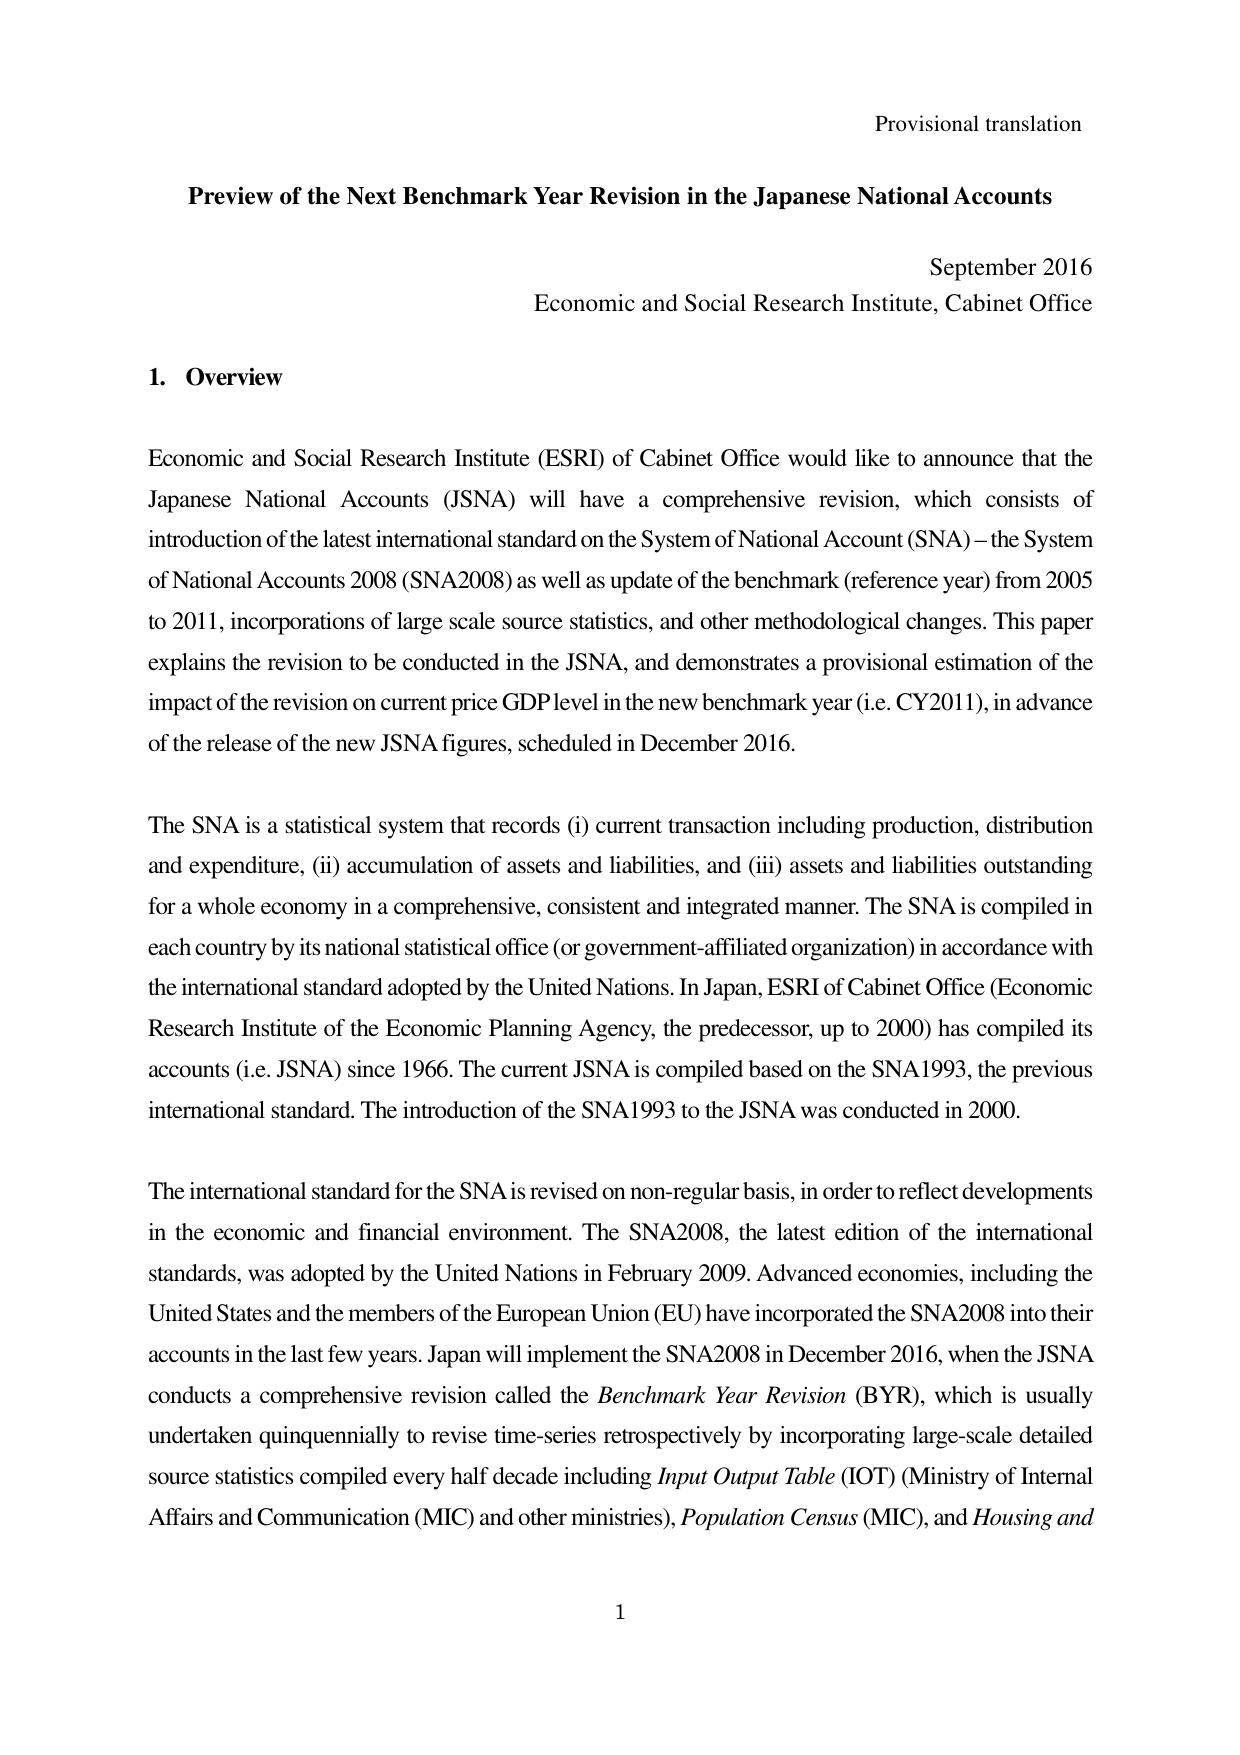
Provisional translation

Preview of the Next Benchmark Year Revision in the Japanese National Accounts

September 2016
Economic and Social Research Institute, Cabinet Office

1. Overview

Economic and Social Research Institute (ESRI) of Cabinet Office would like to announce that the Japanese National Accounts (JSNA) will have a comprehensive revision, which consists of introduction of the latest international standard on the System of National Account (SNA) – the System of National Accounts 2008 (SNA2008) as well as update of the benchmark (reference year) from 2005 to 2011, incorporations of large scale source statistics, and other methodological changes. This paper explains the revision to be conducted in the JSNA, and demonstrates a provisional estimation of the impact of the revision on current price GDP level in the new benchmark year (i.e. CY2011), in advance of the release of the new JSNA figures, scheduled in December 2016.

The SNA is a statistical system that records (i) current transaction including production, distribution and expenditure, (ii) accumulation of assets and liabilities, and (iii) assets and liabilities outstanding for a whole economy in a comprehensive, consistent and integrated manner. The SNA is compiled in each country by its national statistical office (or government-affiliated organization) in accordance with the international standard adopted by the United Nations. In Japan, ESRI of Cabinet Office (Economic Research Institute of the Economic Planning Agency, the predecessor, up to 2000) has compiled its accounts (i.e. JSNA) since 1966. The current JSNA is compiled based on the SNA1993, the previous international standard. The introduction of the SNA1993 to the JSNA was conducted in 2000.

The international standard for the SNA is revised on non-regular basis, in order to reflect developments in the economic and financial environment. The SNA2008, the latest edition of the international standards, was adopted by the United Nations in February 2009. Advanced economies, including the United States and the members of the European Union (EU) have incorporated the SNA2008 into their accounts in the last few years. Japan will implement the SNA2008 in December 2016, when the JSNA conducts a comprehensive revision called the Benchmark Year Revision (BYR), which is usually undertaken quinquennially to revise time-series retrospectively by incorporating large-scale detailed source statistics compiled every half decade including Input Output Table (IOT) (Ministry of Internal Affairs and Communication (MIC) and other ministries), Population Census (MIC), and Housing and

1